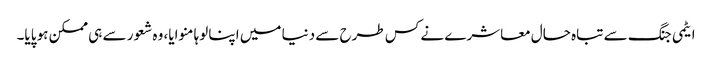
ایٹمی جنگ سے تباہ حال معاشرے نے کس طرح سے دنیا میں اپنا لوہا منوایا، وہ شعور سے ہی ممکن ہو پایا۔